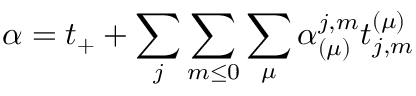
\alpha = t _ { + } + \sum _ { j } \sum _ { m \leq 0 } \sum _ { \mu } \alpha _ { ( \mu ) } ^ { j , m } t _ { j , m } ^ { ( \mu ) }